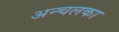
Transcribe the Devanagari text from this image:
अन्चलका